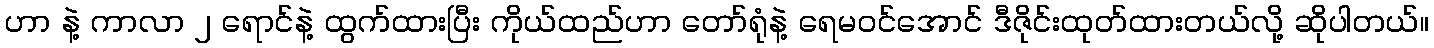
ဟာ နဲ့ ကာလာ ၂ ရောင်နဲ့ ထွက်ထားပြီး ကိုယ်ထည်ဟာ တော်ရုံနဲ့ ရေမဝင်အောင် ဒီဇိုင်းထုတ်ထားတယ်လို့ ဆိုပါတယ်။